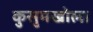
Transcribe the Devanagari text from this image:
कुसुमखोला